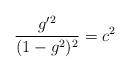
LaTeX: \begin{align*}\frac{g^{\prime2}}{(1-g^2)^2}=c^2\end{align*}